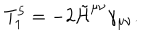
T _ { 1 } ^ { 5 } = - 2 \tilde { \cal H } ^ { \mu \nu } \gamma _ { \mu \nu } .